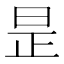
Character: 昰